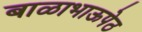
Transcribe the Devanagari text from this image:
बाळाभाऊपेठ